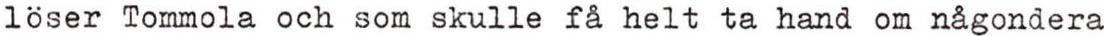
löser Tommola och som skulle få helt ta hand om någondera